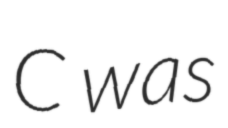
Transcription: C was